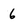
Character: 6